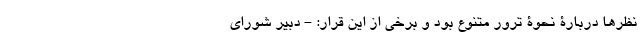
نظرها دربارۀ نحوۀ ترور متنوع بود و برخی از این قرار: - دبیر شورای